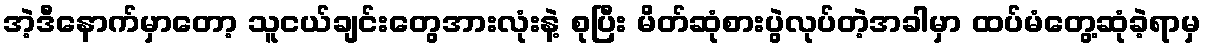
အဲ့ဒီနောက်မှာတော့ သူငယ်ချင်းတွေအားလုံးနဲ့ စုပြီး မိတ်ဆုံစားပွဲလုပ်တဲ့အခါမှာ ထပ်မံတွေ့ဆုံခဲ့ရာမှ